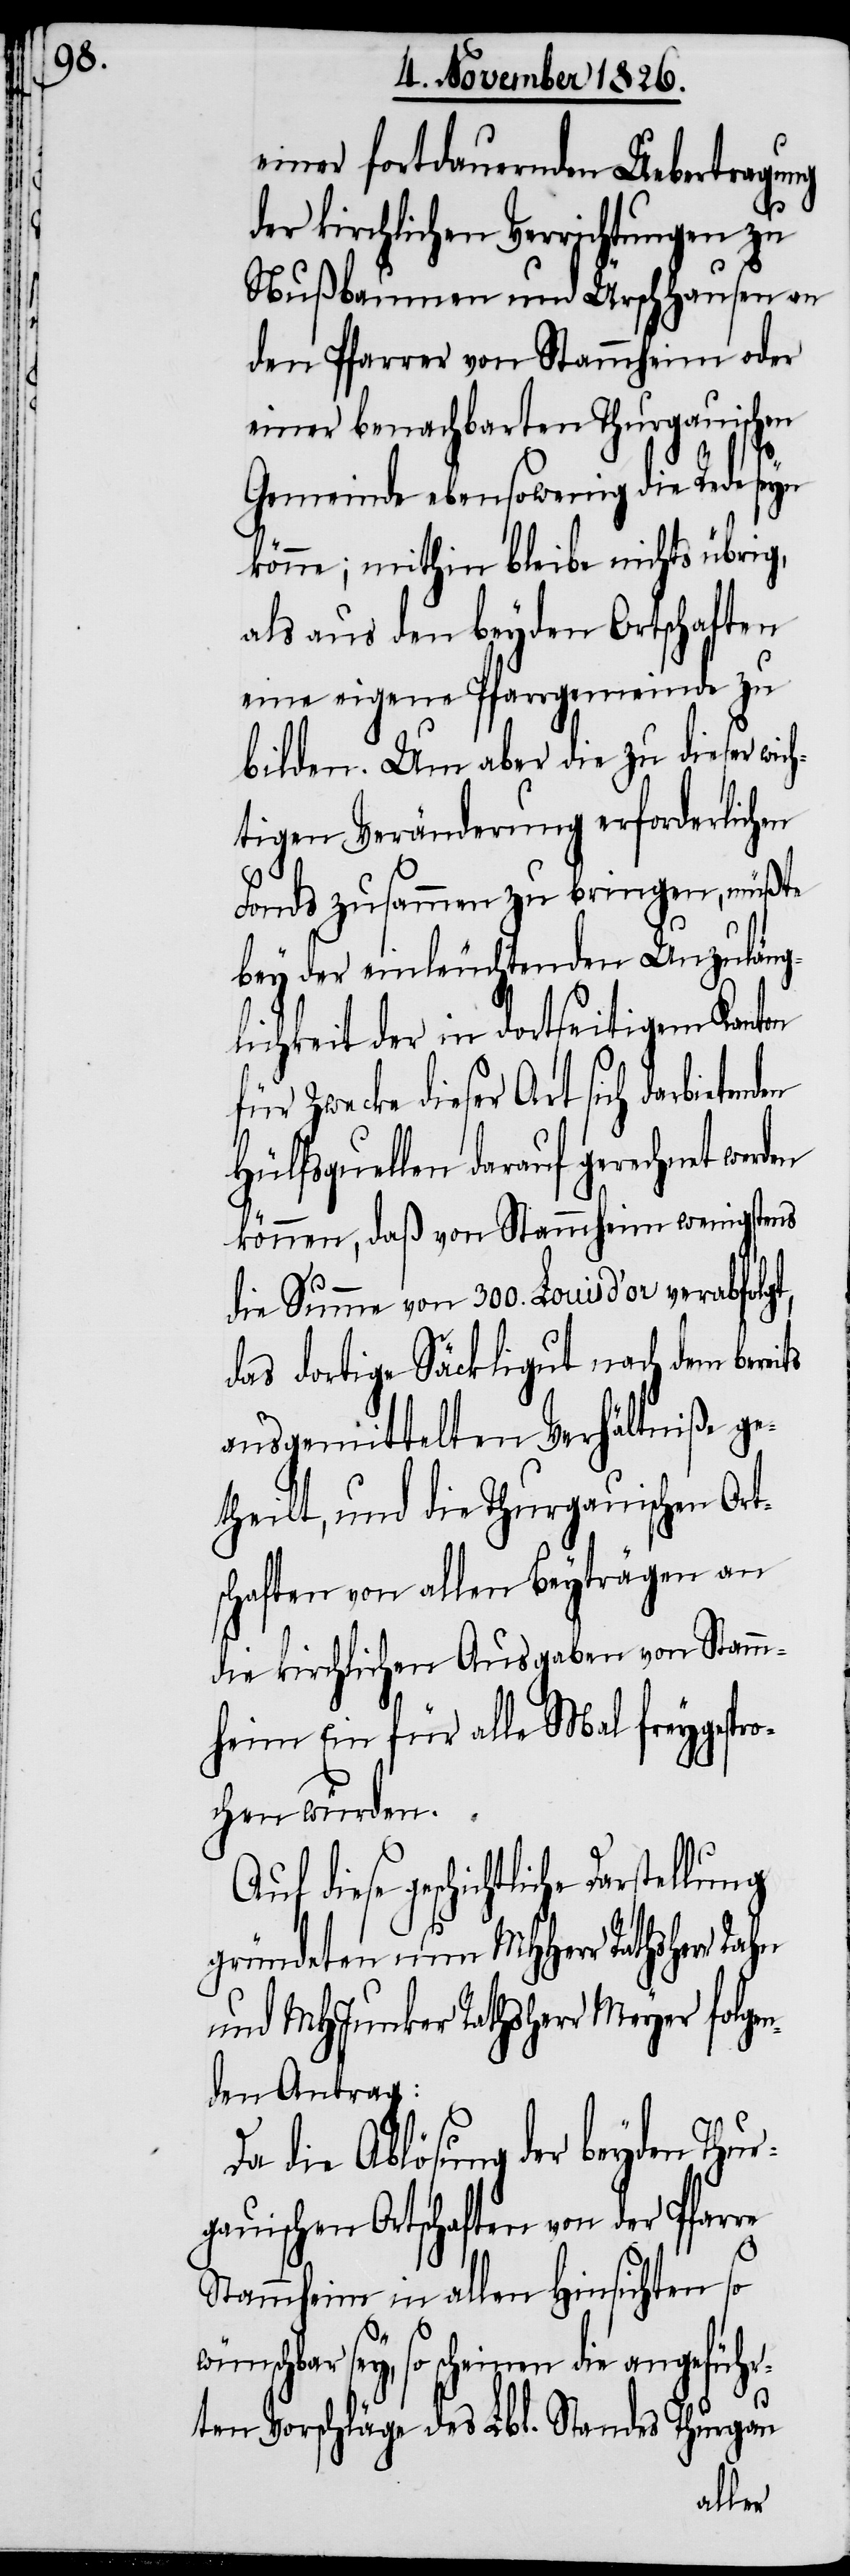
einer fortdauernden Uebertragung
der kirchlichen Verrichtungen zu
Nußbaumen und Ürschhausen an
den Pfarrer von Stammheim oder
einer benachbarten Thurgauischen
Gemeinde ebensowenig die Rede seyn
könne; mithin bleibe nichts übrig,
als aus den beyden Ortschaften
eine eigene Pfarrgemeinde zu
bilden. Um aber die zu dieser wich¬
tigen Veränderung erforderlichen
Fonds zusammen zu bringen, müßte
bey der einleuchtenden Unzuläng¬
lichkeit der in dortseitigem Kanton
für Zwecke dieser Art sich darbietend¬
Hülfsquellen darauf gerechnet werd¬
können, daß von Stammheim wenigstens
die Summe von 300. Louis d’or verabfolg¬
das dortige Säckligut nach dem berei¬
ausgemittelten Verhältniß ge¬
Ort¬
theilt, und die Thurgauisch¬
schaften von allen Beyträgen an
die kirchlichen Ausgaben von Stamm¬
heim Ein für alle Mal freygespro¬
chen würden.
Auf diese geschichtliche
gründeten nun MHHerr Rathsherr Rahn
und MHJunker Rathsherr Meyer folgen¬
den Antrag:
Da die Ablösung der beyden Thu¬
gauischen Ortschaften von der Pfarre
Stammheim in allen Hinsichten so
r¬
sey, so scheinen die angeführ¬
ten Vorschläge des Lbl. Standes Thurgau